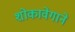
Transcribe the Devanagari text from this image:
शोकावेगाने